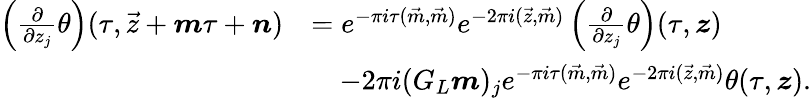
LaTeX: \begin{array}{rl}{\left(\frac{\partial}{\partial z_{j}}\theta\right)(\tau,\vec{z}+\boldsymbol{m}\tau+\boldsymbol{n})}&{=e^{-\pi i\tau(\vec{m},\vec{m})}e^{-2\pi i(\vec{z},\vec{m})}\left(\frac{\partial}{\partial z_{j}}\theta\right)(\tau,\boldsymbol{z})}\\ &{\quad-2\pi i(G_{L}\boldsymbol{m})_{j}e^{-\pi i\tau(\vec{m},\vec{m})}e^{-2\pi i(\vec{z},\vec{m})}\theta(\tau,\boldsymbol{z}).}\end{array}